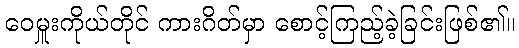
ဝေမှူးကိုယ်တိုင် ကားဂိတ်မှာ စောင့်ကြည့်ခဲ့ခြင်းဖြစ်၏။